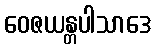
ဝေဇယန္တပါသာဒေ